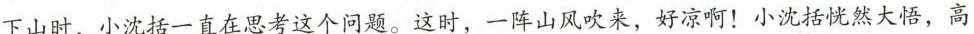
下山时，小沈括一直在思考这个问题。这时，一阵山风吹来，好凉啊！小沈括恍然大悟，高